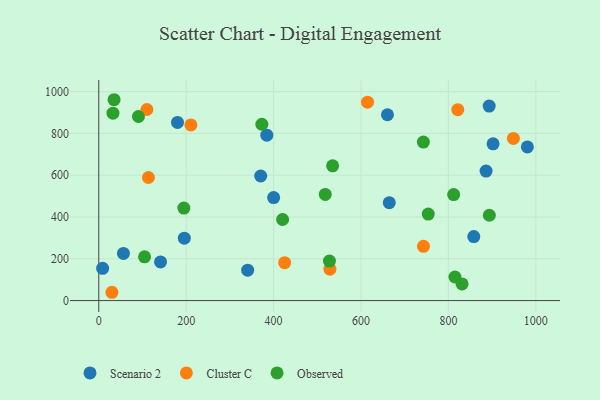
{"axis": {"x": "Speed", "y": "Sales"}, "legend": ["Cluster C", "Observed", "Scenario 2"], "data": [{"x": "340.7", "y": 145.5, "type": "Scenario 2"}, {"x": "886.2", "y": 619.6, "type": "Scenario 2"}, {"x": "858.1", "y": 306.1, "type": "Scenario 2"}, {"x": "664.7", "y": 468.3, "type": "Scenario 2"}, {"x": "980.7", "y": 735.2, "type": "Scenario 2"}, {"x": "660.5", "y": 889.2, "type": "Scenario 2"}, {"x": "893.3", "y": 931.0, "type": "Scenario 2"}, {"x": "8.8", "y": 154.3, "type": "Scenario 2"}, {"x": "56.4", "y": 225.5, "type": "Scenario 2"}, {"x": "195.7", "y": 298.7, "type": "Scenario 2"}, {"x": "180.1", "y": 852.8, "type": "Scenario 2"}, {"x": "400.1", "y": 493.1, "type": "Scenario 2"}, {"x": "384.5", "y": 791.5, "type": "Scenario 2"}, {"x": "902.2", "y": 750.1, "type": "Scenario 2"}, {"x": "141.3", "y": 185.0, "type": "Scenario 2"}, {"x": "370.5", "y": 596.1, "type": "Scenario 2"}, {"x": "614.9", "y": 949.4, "type": "Cluster C"}, {"x": "30.1", "y": 39.7, "type": "Cluster C"}, {"x": "743.0", "y": 259.8, "type": "Cluster C"}, {"x": "113.6", "y": 589.1, "type": "Cluster C"}, {"x": "425.3", "y": 181.2, "type": "Cluster C"}, {"x": "948.7", "y": 776.1, "type": "Cluster C"}, {"x": "110.2", "y": 914.4, "type": "Cluster C"}, {"x": "821.5", "y": 913.4, "type": "Cluster C"}, {"x": "528.9", "y": 150.3, "type": "Cluster C"}, {"x": "210.8", "y": 840.4, "type": "Cluster C"}, {"x": "527.8", "y": 188.9, "type": "Observed"}, {"x": "194.7", "y": 442.9, "type": "Observed"}, {"x": "90.8", "y": 880.9, "type": "Observed"}, {"x": "420.6", "y": 388.1, "type": "Observed"}, {"x": "373.1", "y": 843.9, "type": "Observed"}, {"x": "815.0", "y": 112.9, "type": "Observed"}, {"x": "518.2", "y": 508.0, "type": "Observed"}, {"x": "831.2", "y": 79.6, "type": "Observed"}, {"x": "893.7", "y": 408.4, "type": "Observed"}, {"x": "104.7", "y": 209.3, "type": "Observed"}, {"x": "812.0", "y": 507.5, "type": "Observed"}, {"x": "753.9", "y": 413.9, "type": "Observed"}, {"x": "535.1", "y": 645.0, "type": "Observed"}, {"x": "742.7", "y": 758.3, "type": "Observed"}, {"x": "35.0", "y": 961.2, "type": "Observed"}, {"x": "32.5", "y": 896.7, "type": "Observed"}]}